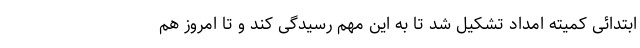
ابتدائی کمیته امداد تشکیل شد تا به این مهم رسیدگی کند و تا امروز هم